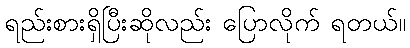
ရည်းစားရှိပြီးဆိုလည်း ပြောလိုက် ရတယ်။